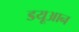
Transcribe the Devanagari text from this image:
डयूआन